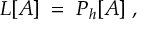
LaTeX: { \cal { L } } [ A ] \; = \; { \cal { P } } _ { h } [ A ] \; ,